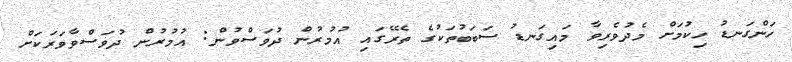
ހަންގަނޑު ހިކުމަށް މެދުވެރިވާ މައިގަނޑު ސަބަބުތަކުގެ ތެރޭގައި އުމުރުން ދުވަސްވުން: އުމުރުން ދުވަސްވާވަރަކަށް